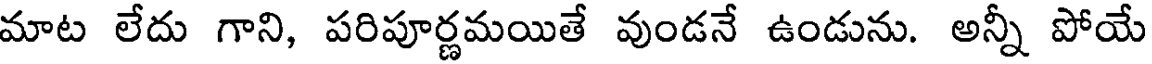
మాట లేదు గాని, పరిపూర్ణమయితే వుండనే ఉండును. అన్నీ పోయే